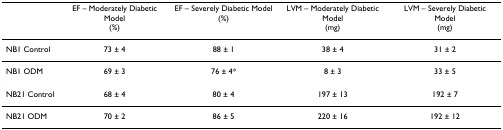
|  | EF – Moderately Diabetic Model(%) | EF – Severely Diabetic Model(%) | LVM – Moderately Diabetic Model(mg) | LVM – Severely Diabetic Model(mg) |
 | --- | --- | --- | --- | --- |
 | NB1 Control | 73 ± 4 | 88 ± 1 | 38 ± 4 | 31 ± 2 |
 | NB1 ODM | 69 ± 3 | 76 ± 4* | 8 ± 3 | 33 ± 5 |
 | NB21 Control | 68 ± 4 | 80 ± 4 | 197 ± 13 | 192 ± 7 |
 | NB21 ODM | 70 ± 2 | 86 ± 5 | 220 ± 16 | 192 ± 12 |